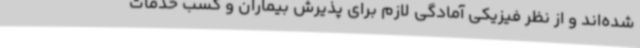
شده‌اند و از نظر فیزیکی آمادگی لازم برای پذیرش بیماران و کسب خدمات